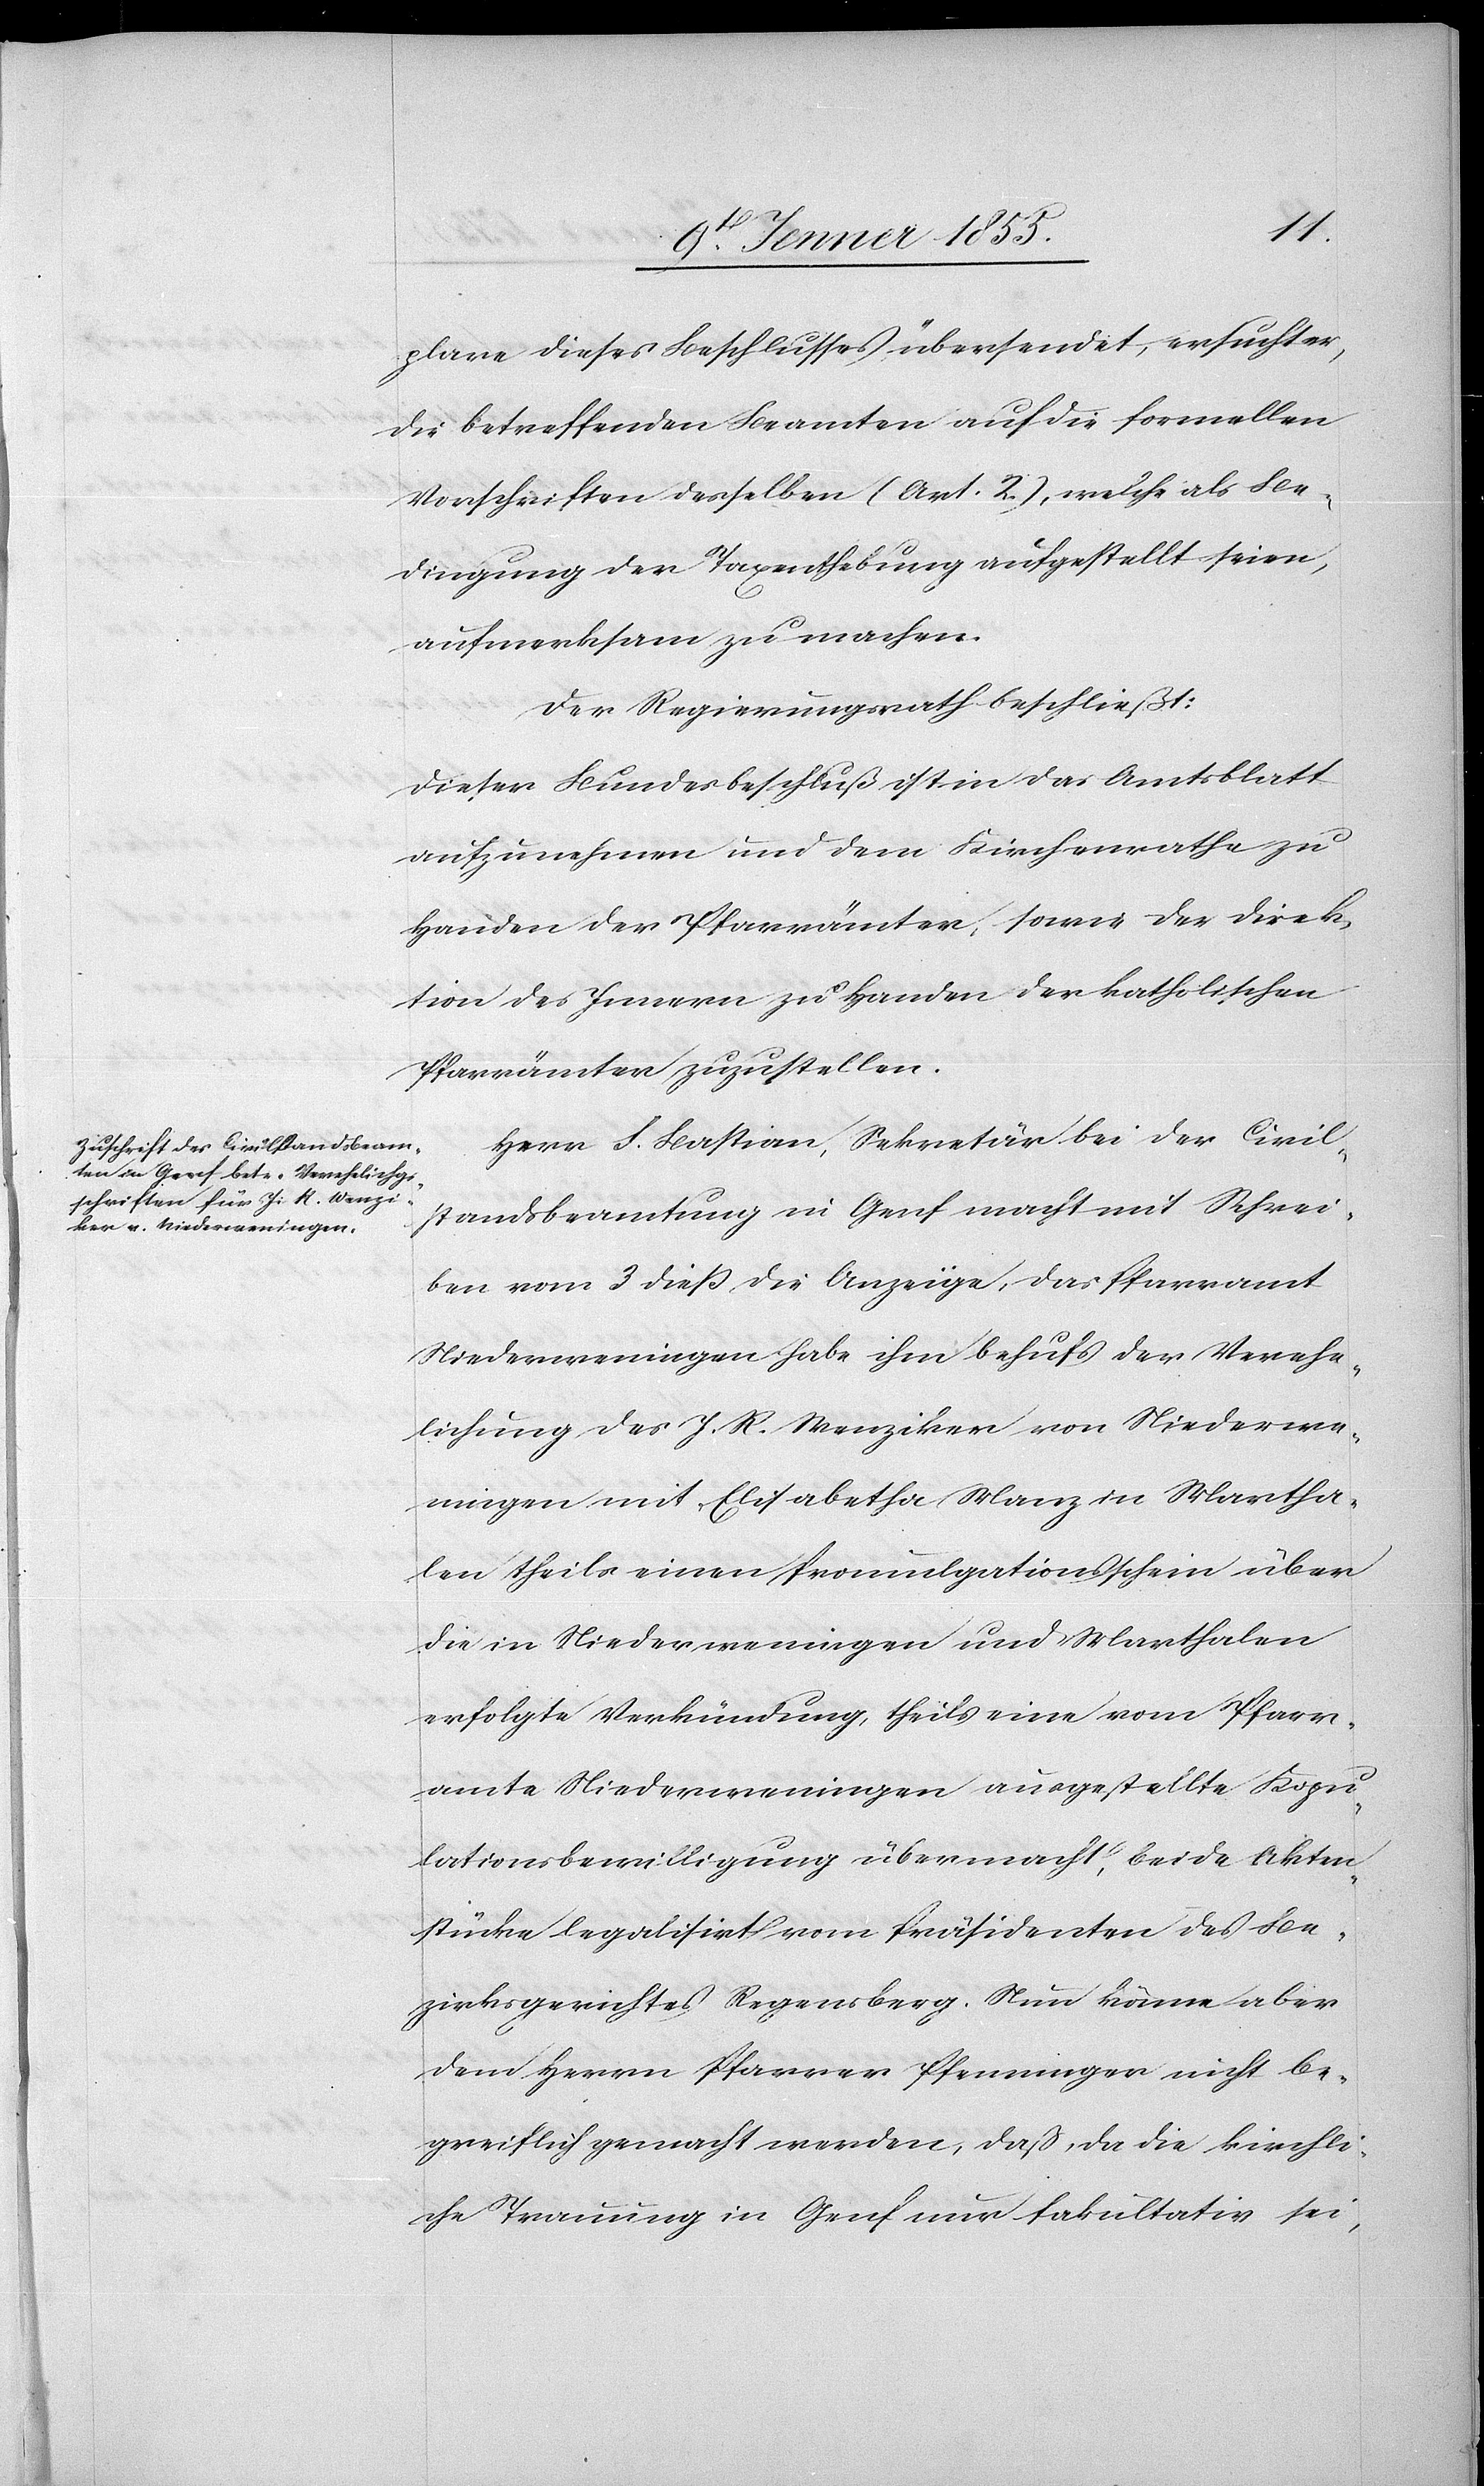
plare dieses Beschlusses übersendet, ersucht er,
die betreffenden Beamten auf die formellen
Vorschriften desselben (Art. 2.), welche als Be¬
dingung der Taxenthebung aufgestellt seien,
aufmerksam zu machen.
Der Regierungsrath beschließt:
Dieser Bundesbeschluß ist in das Amtsblatt
aufzunehmen und dem Kirchenrathe zu
Handen der Pfarrämter, sowie der Direk¬
tion des Innern zu Handen der katholischen
Pfarrämter zuzustellen.
Herr F. Bastian, Sekretär bei der Civil¬
standsbeamtung in Genf macht mit Schrei¬
ben vom 3 dieß die Anzeige, das Pfarramt
Niederweningen habe ihm behufs der Verehe¬
lichung des J. R. Wenziker von Niederwe¬
ningen mit Elisabetha Manz in Martha¬
len theils einen Promulgationsschein über
die in Niederweningen und Marthalen
erfolgte Verkündung, theils eine vom Pfarr¬
amte Niederweningen ausgestellte Kopu¬
lationsbewilligung übermacht, beide Akten¬
stücke legalisirt vom Präsidenten des Be¬
zirksgerichtes Regensberg. Nun könne aber
dem Herrn Pfarrer Pfenninger nicht be¬
greiflich gemacht werden, dass, da die kirchli¬
che Trauung in Genf nur fakultativ sei,